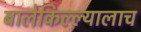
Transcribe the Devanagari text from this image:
बालेकिल्ल्यालाच